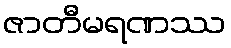
ဇာတီမရဏဿ